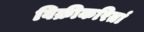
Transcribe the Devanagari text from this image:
विक्रीकरितां